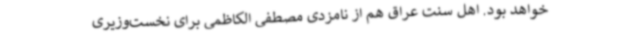
خواهد بود. اهل سنت عراق هم از نامزدی مصطفی الکاظمی برای نخست‌وزیری